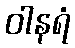
ဝါနရံ